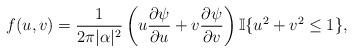
LaTeX: \begin{align*} f(u,v)=\frac{1}{2\pi |\alpha|^2}\left(u\frac{\partial \psi}{\partial u}+v\frac{\partial \psi}{\partial v}\right)\mathbb{I}\{u^2+v^2 \le 1\}, \end{align*}